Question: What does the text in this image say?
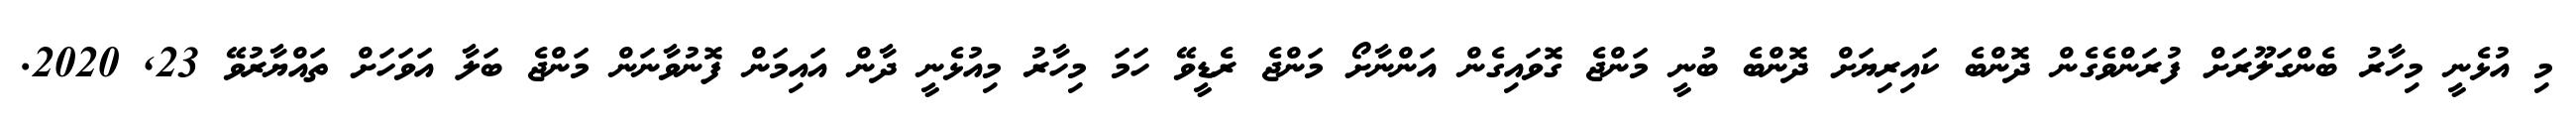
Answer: މި އުޅެނީ މިހާރު ބެންގަލޫރަށް ފުރަންވެގެން ދޮންބެ ކައިރިޔަށް ދޮންބެ ބުނީ މަންޖެ ގޮވައިގެން އަންނާށޯ މަންޖެ ރެޑީވޭ ހަމަ މިހާރު މިއުޅެނީ ދާން އައިމަން ފޮނުވާނަން މަންޖެ ބަލާ އަވަހަށް ތައްޔާރުވޭ 23, 2020.